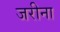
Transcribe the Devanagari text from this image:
जरीना